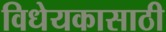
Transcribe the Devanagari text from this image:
विधेयकासाठी